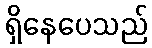
ရှိနေပေသည်